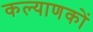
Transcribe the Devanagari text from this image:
कल्याणकों